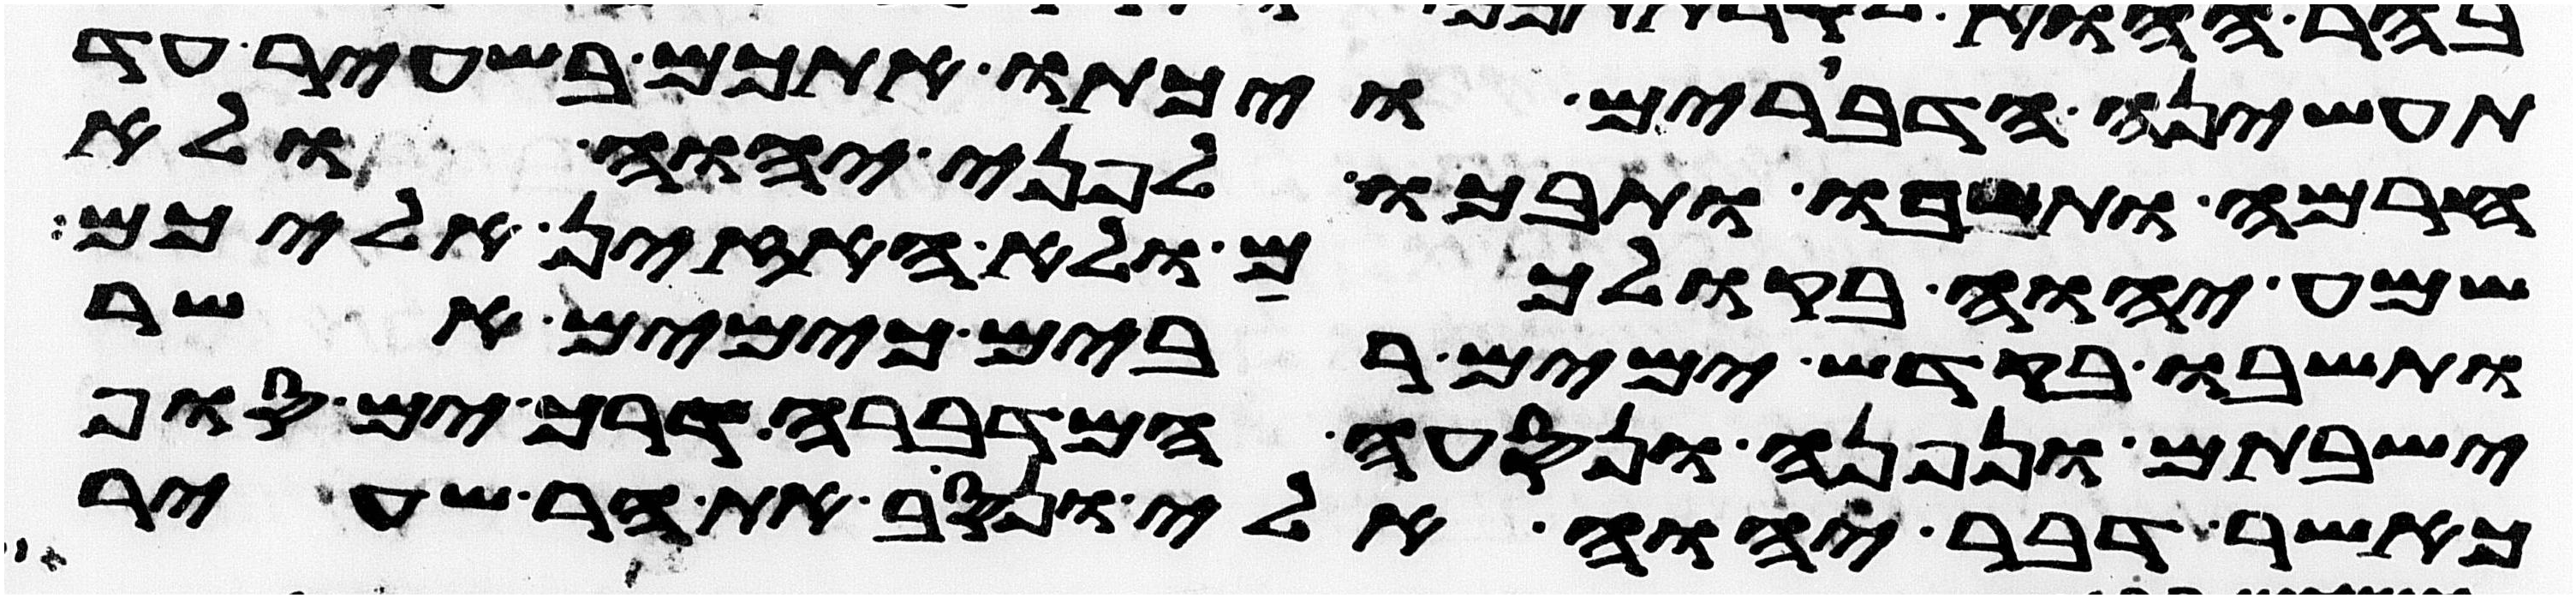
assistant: תעשינה הדברים ויכתו אתכם בשעיר עד
חרמה ותשבו ותבכו לפני יהוה ולא
שמע יהוה בקולכם ולא האזין אליכם
ותשבו בקדש ימים רבים כימים אשר
ישבתם ונפנה ונסעה המדברה דרך ים סוף
כאשר דבר יהוה אלי ונסב את הר שעיר